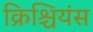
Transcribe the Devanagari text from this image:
क्रिश्चियंस